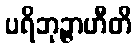
ပရိဘုဉ္ဇာဟီတိ